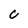
Character: C